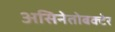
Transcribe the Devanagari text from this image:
असिनेतोबक्टेर